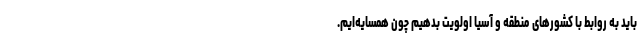
باید به روابط با کشورهای منطقه و آسیا اولویت بدهیم چون همسایه‌ایم.